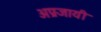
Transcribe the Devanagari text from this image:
अप्रजायी